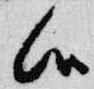
候